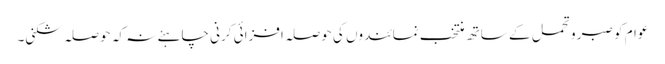
عوام کو صبر و تحمل کے ساتھ منتخب نمائندوں کی حوصلہ افزائی کرنی چاہئے نہ کہ حوصلہ شکنی۔